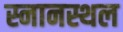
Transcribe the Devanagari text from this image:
स्नानस्थल